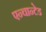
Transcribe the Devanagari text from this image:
एन्चान्टेड